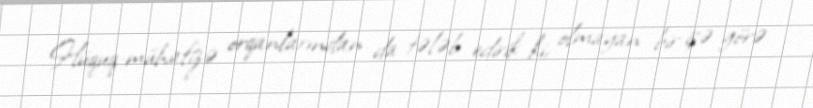
Hüquq-mühafizə orqanlarından da tələb edirik ki, olmayan bir işə görə